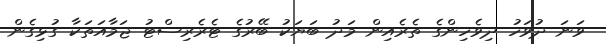
ވަނަ ދުވަހު ދިވެހިންގެ ތެރެއިން މަދު ބަޔަކު ބޭރުގެ ޓެރެރިސްޓު ޖަމާއަތަކާ ގުޅިގެން